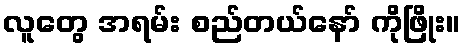
လူတွေ အရမ်း စည်တယ်နော် ကိုဖြိုး။